Annual report on the Civil Veterinary Department, Burma (including the Insein Veterinary School) - 1932-1941
Year: 1932
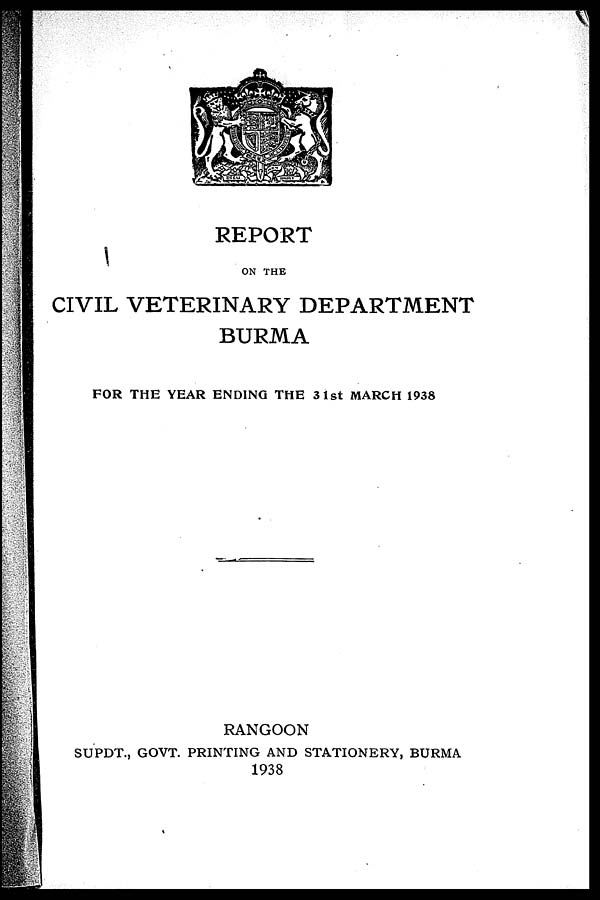
REPORT
ON THE
CIVIL VETERINARY DEPARTMENT
BURMA
FOR THE YEAR ENDING THE 31st MARCH 1938
RANGOON
SUPDT., GOVT. PRINTING AND STATIONERY, BURMA
1938